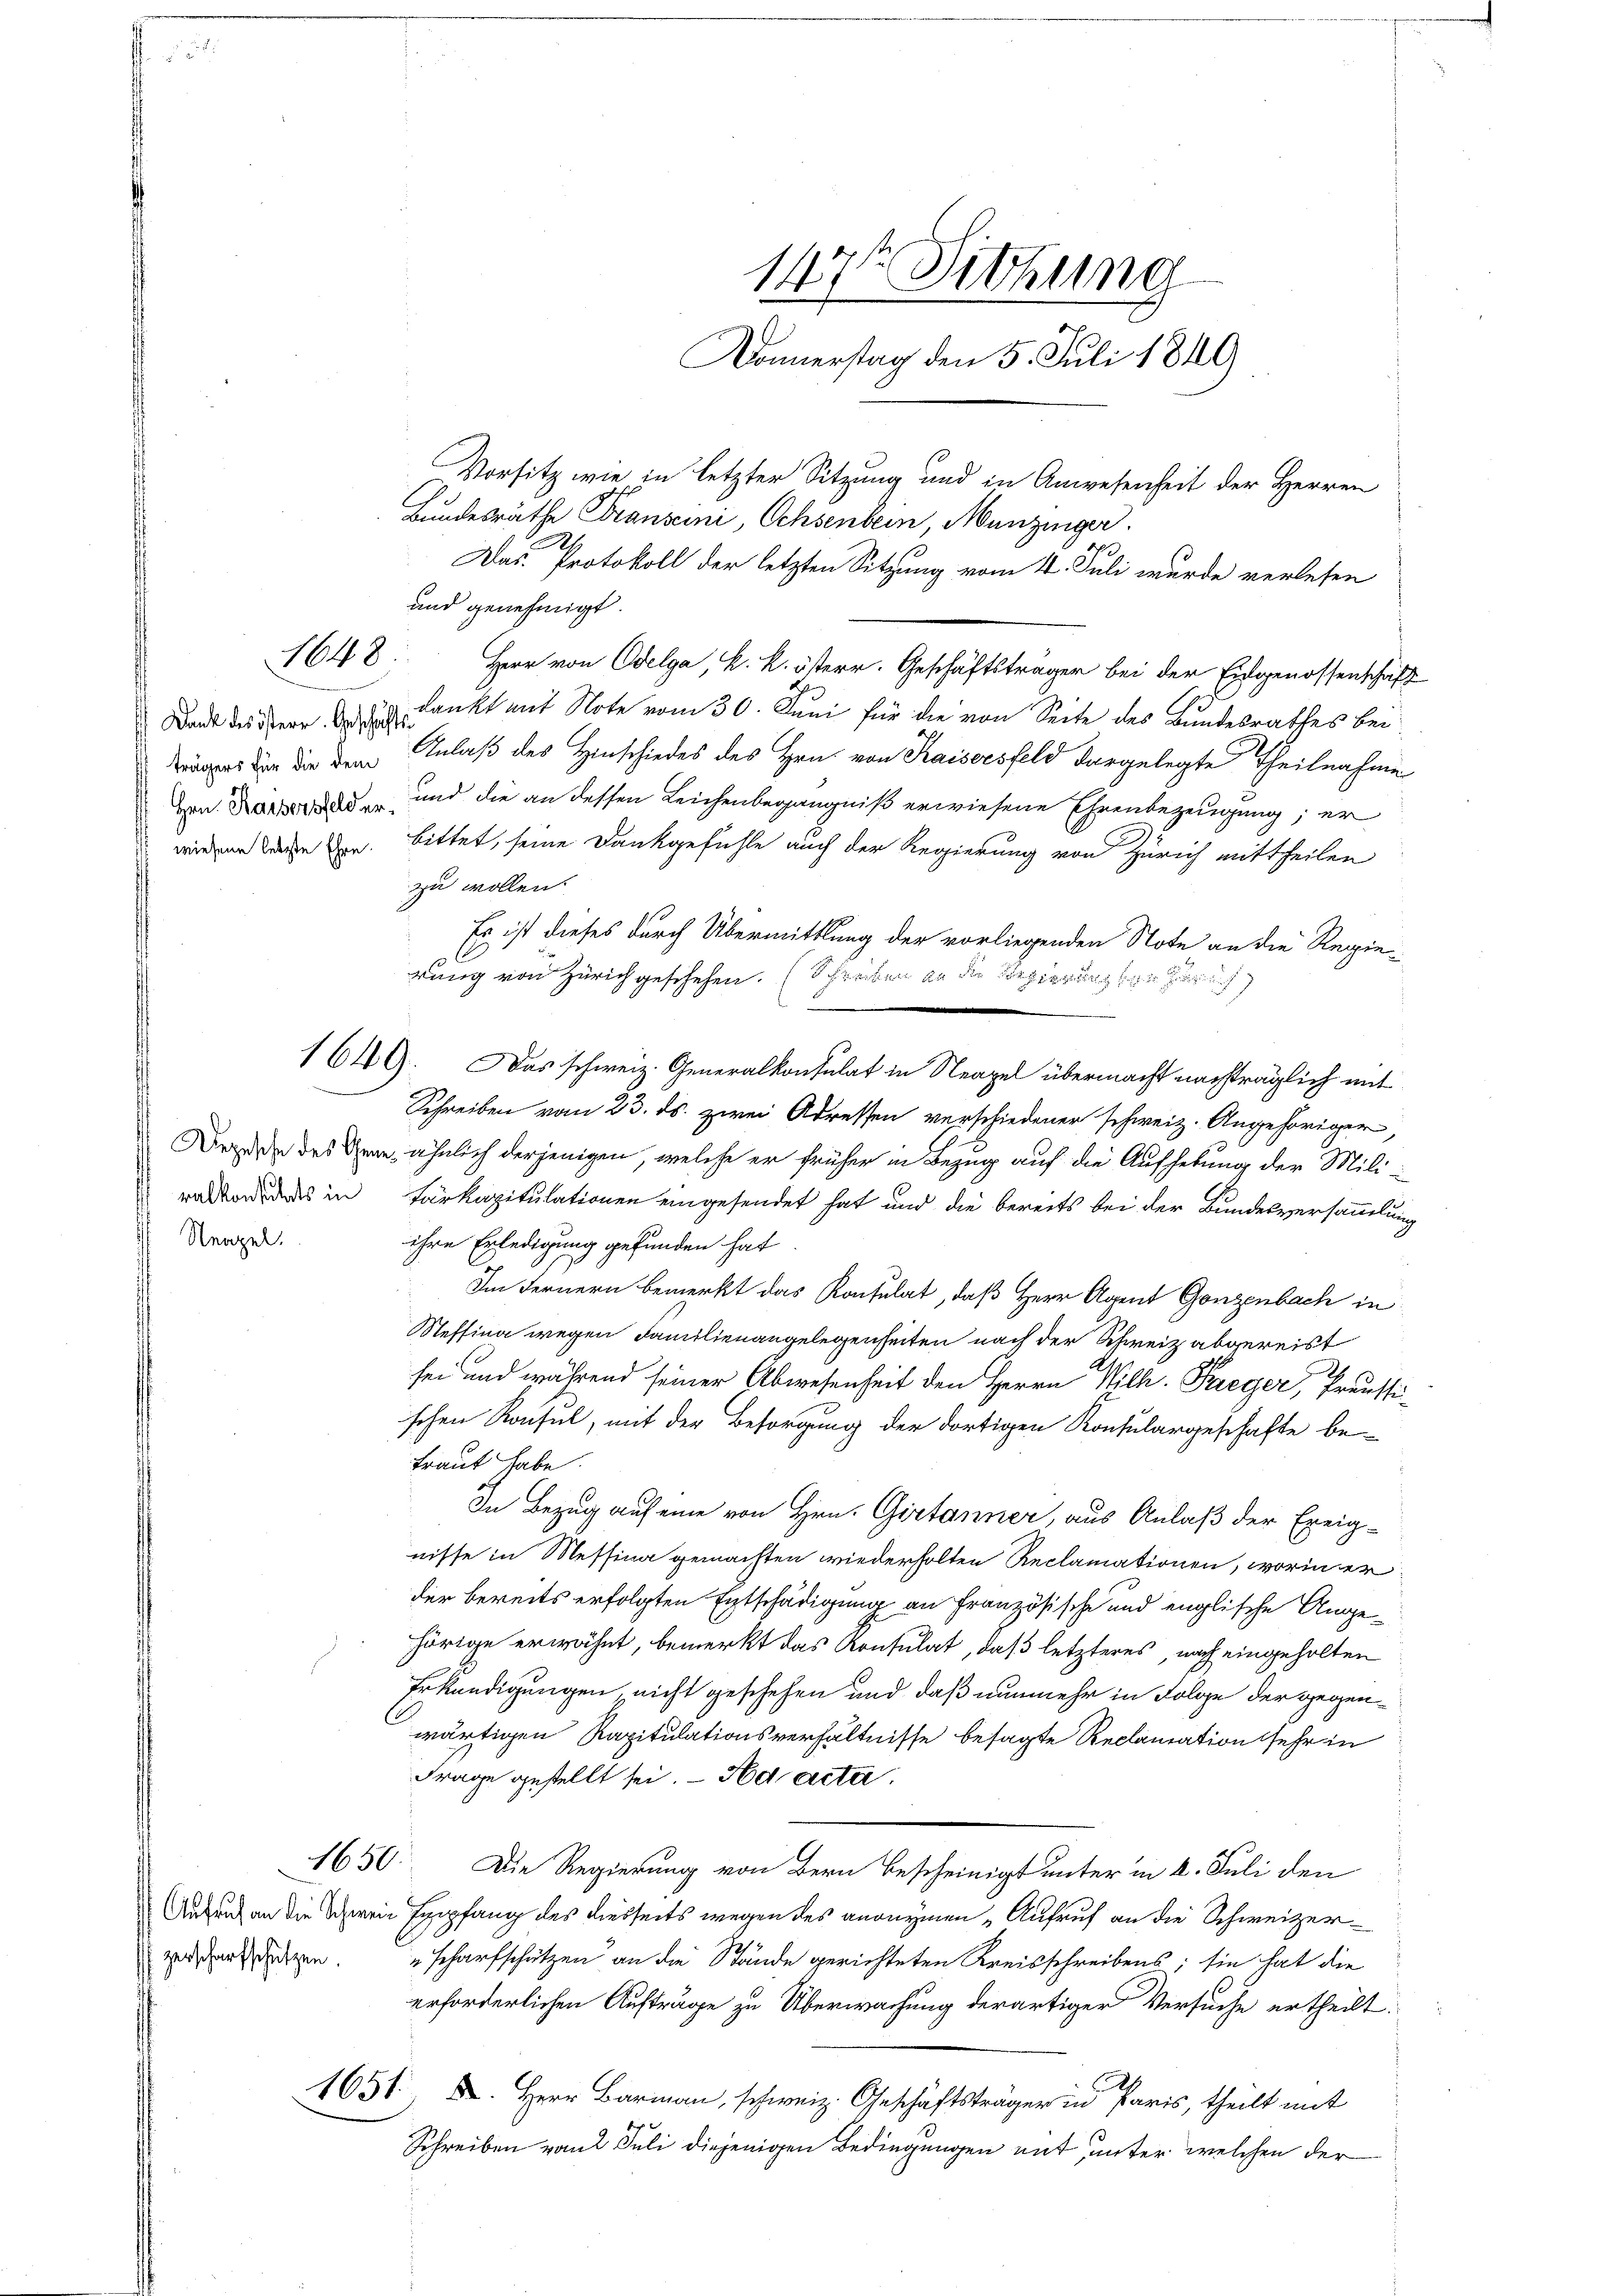
148

ralkonstets in
Neapel.

1650.

zerscharfschützen

Das Protokoll der letzten Sitzung vom 4. Juli wurde verlesen
und genehmigt.
Herr von Edelga, k. k. österr. Geschäftsträger bei der Eidgenossenschaft
Dant des Herr u. dankt mit Note vom 30. Juni für die von Seite des Bundesrathes bei
iges den die dem Anlaß des Hinschiedes des Hrn. von Kaisersfeld vorgelegte Theilnahme
Hrn. Karter der und die an dessen Leichenbegängniß erwiesene Ehrenbezeugung; er
wiedene Sache Hrn. Bittet, seine Dankgefühle auch der Regierung von Zürich mittheilen
zu wollen.
Es ist dieses durch Übermittlung der vorliegenden Note an die Regie¬
C
rung von Zürich geschehen. (Schreiben an die Regierungsgesaris
1649. Das schweiz. Generalkonsulat in Neapel übermacht nachträglich mit
Schreiben vom 23. ds. zwei Adressen verschiedener schweiz. Angehöriger,
Dozen des dene ähnlich derjenigen, welche er früher in Bezug auf die Aufhebung der Mili¬
Tärkapitulationen eingesendet hat und die bereits bei der Bundesversammlung
ihre Erledigung gefunden hat
Im Fernern bemerkt das Konsulat, daß Herr Agent Gonzenbach in
Neffina wegen Familienangelegenheiten nach der Schweiz abgereist
sei und während seiner Abwesenheit den Herrn Wilh. Paeger, Preussischen Konsul, mit der Besorgung der dortigen Konsulargeschäfte be
traut habe.
In Bezug auf eine von Hrn. Girtanner, aus Anlaß der Exeig-
nisse in Messina gemachten wiederholten Reclamationen, worin er
der bereits erfolgten Entschädigung an Französische und englische Angehörige erwähnt, bemerkt das Konsulat, daß letzteres, nach eingeholten
Erkundigungen, nicht geschehen und daß nunmehr in Folge der gegenwärtigen Kapitulationsverhältnisse besagte Reclamation sehr in
Frage gestellt sei. - Ad acta.
Die Regierung von Bern Bescheinigt unter in 2. Juli den
Aufend an die Schwein Empfang des diesseits wegen des anonymen „Aufruf an die Schweizer
"scharfschützen an die Stände gerichteten Kreisschreibens; sie hat die
erforderlichen Aufträge zu Überwachung derartiger Versuche ertheilt:
A.
1651. X. Herr Barmann, schweiz. Geschäftsträger in Paris, theilt mit
 x
Schreiben vom Juli diejenigen Bedingungen mit unter welchen der

147t Sitzung
Donnerstag den 5. Juli 1849
Vorsitz wie in letzter Sitzung und in Anwesenheit der Herren
Bundesräthe Transcini, Ochsenbein, Munzinger.